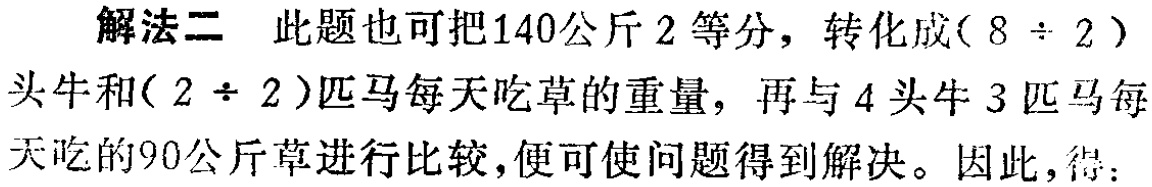
解法二 此题也可把140公斤2等分，转化成\((8 \div 2)\)头牛和\((2 \div 2)\)匹马每天吃草的重量，再与4头牛3匹马每天吃的90公斤草进行比较，便可使问题得到解决。因此，得：